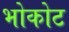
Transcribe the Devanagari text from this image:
भोकोट